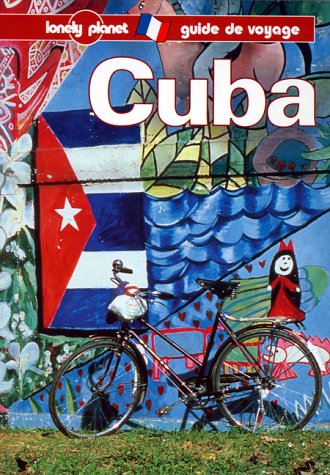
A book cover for Lonely Planet Cuba (Lonely Planet Travel Guides French Edition); David Stanley; Travel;